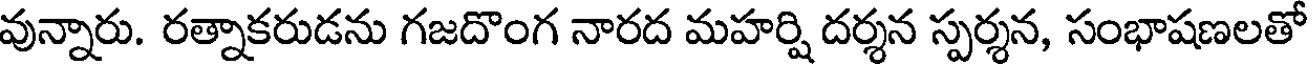
వున్నారు. రత్నాకరుడను గజదొంగ నారద మహర్షి దర్శన స్పర్శన, సంభాషణలతో